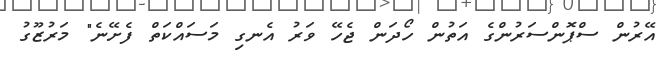
އޭރުން ސްޕޮންސަރުންގެ އަތުން ހޯދަން ޖެހޭ ވަރު އެނގި މަސައްކަތް ފެށޭނެ" މަރުޒޫގު